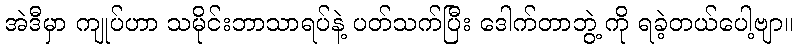
အဲဒီမှာ ကျုပ်ဟာ သမိုင်းဘာသာရပ်နဲ့ ပတ်သက်ပြီး ဒေါက်တာဘွဲ့ ကို ရခဲ့တယ်ပေါ့ဗျာ။